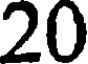
20